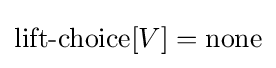
\operatorname {lift-choice} [V]=\operatorname {none}